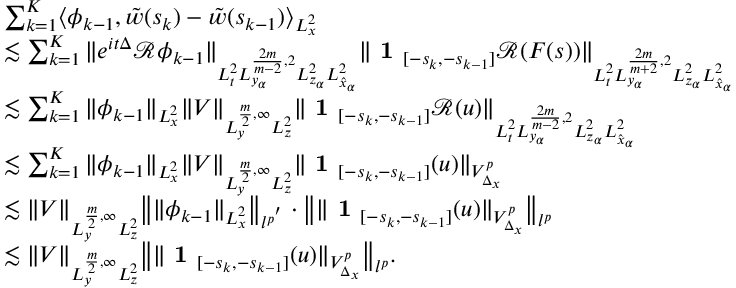
\begin{array} { r l } & { \sum _ { k = 1 } ^ { K } \langle \phi _ { k - 1 } , \tilde { w } ( s _ { k } ) - \tilde { w } ( s _ { k - 1 } ) \rangle _ { L _ { x } ^ { 2 } } } \\ & { \lesssim \sum _ { k = 1 } ^ { K } \| e ^ { i t \Delta } \mathcal { R } \phi _ { k - 1 } \| _ { L _ { t } ^ { 2 } L _ { y _ { \alpha } } ^ { \frac { 2 m } { m - 2 } , 2 } L _ { z _ { \alpha } } ^ { 2 } L _ { \hat { x } _ { \alpha } } ^ { 2 } } \| \textbf { 1 } _ { [ - s _ { k } , - s _ { k - 1 } ] } \mathcal { R } ( F ( s ) ) \| _ { L _ { t } ^ { 2 } L _ { y _ { \alpha } } ^ { \frac { 2 m } { m + 2 } , 2 } L _ { z _ { \alpha } } ^ { 2 } L _ { \hat { x } _ { \alpha } } ^ { 2 } } } \\ & { \lesssim \sum _ { k = 1 } ^ { K } \| \phi _ { k - 1 } \| _ { L _ { x } ^ { 2 } } \| V \| _ { L _ { y } ^ { \frac { m } { 2 } , \infty } L _ { z } ^ { 2 } } \| \textbf { 1 } _ { [ - s _ { k } , - s _ { k - 1 } ] } \mathcal { R } ( u ) \| _ { L _ { t } ^ { 2 } L _ { y _ { \alpha } } ^ { \frac { 2 m } { m - 2 } , 2 } L _ { z _ { \alpha } } ^ { 2 } L _ { \hat { x } _ { \alpha } } ^ { 2 } } } \\ & { \lesssim \sum _ { k = 1 } ^ { K } \| \phi _ { k - 1 } \| _ { L _ { x } ^ { 2 } } \| V \| _ { L _ { y } ^ { \frac { m } { 2 } , \infty } L _ { z } ^ { 2 } } \| \textbf { 1 } _ { [ - s _ { k } , - s _ { k - 1 } ] } ( u ) \| _ { V _ { \Delta _ { x } } ^ { p } } } \\ & { \lesssim \| V \| _ { L _ { y } ^ { \frac { m } { 2 } , \infty } L _ { z } ^ { 2 } } \big \| \| \phi _ { k - 1 } \| _ { L _ { x } ^ { 2 } } \big \| _ { l ^ { p ^ { ' } } } \cdot \big \| \| \textbf { 1 } _ { [ - s _ { k } , - s _ { k - 1 } ] } ( u ) \| _ { V _ { \Delta _ { x } } ^ { p } } \big \| _ { l ^ { p } } } \\ & { \lesssim \| V \| _ { L _ { y } ^ { \frac { m } { 2 } , \infty } L _ { z } ^ { 2 } } \big \| \| \textbf { 1 } _ { [ - s _ { k } , - s _ { k - 1 } ] } ( u ) \| _ { V _ { \Delta _ { x } } ^ { p } } \big \| _ { l ^ { p } } . } \end{array}